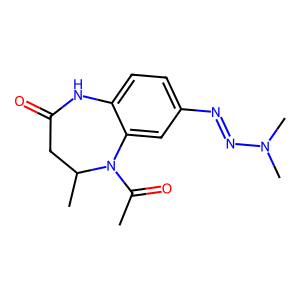
SMILES: CC(=O)N1c2cc(N=NN(C)C)ccc2NC(=O)CC1C
Inhibits HIV replication: No